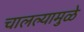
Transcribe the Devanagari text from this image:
चालल्यामुळे